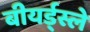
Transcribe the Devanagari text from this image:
बीयर्ड्स्ले